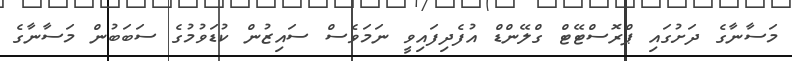
މަސާނާގެ ދަށުގައި ޕްރޮސްޓޭޓް ގްލޭންޑް އުފެދިފައިވީ ނަމަވެސް ސައިޒުން ކުޑަވުމުގެ ސަބަބުން މަސާނާގެ